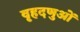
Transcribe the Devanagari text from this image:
वृहदणुओं